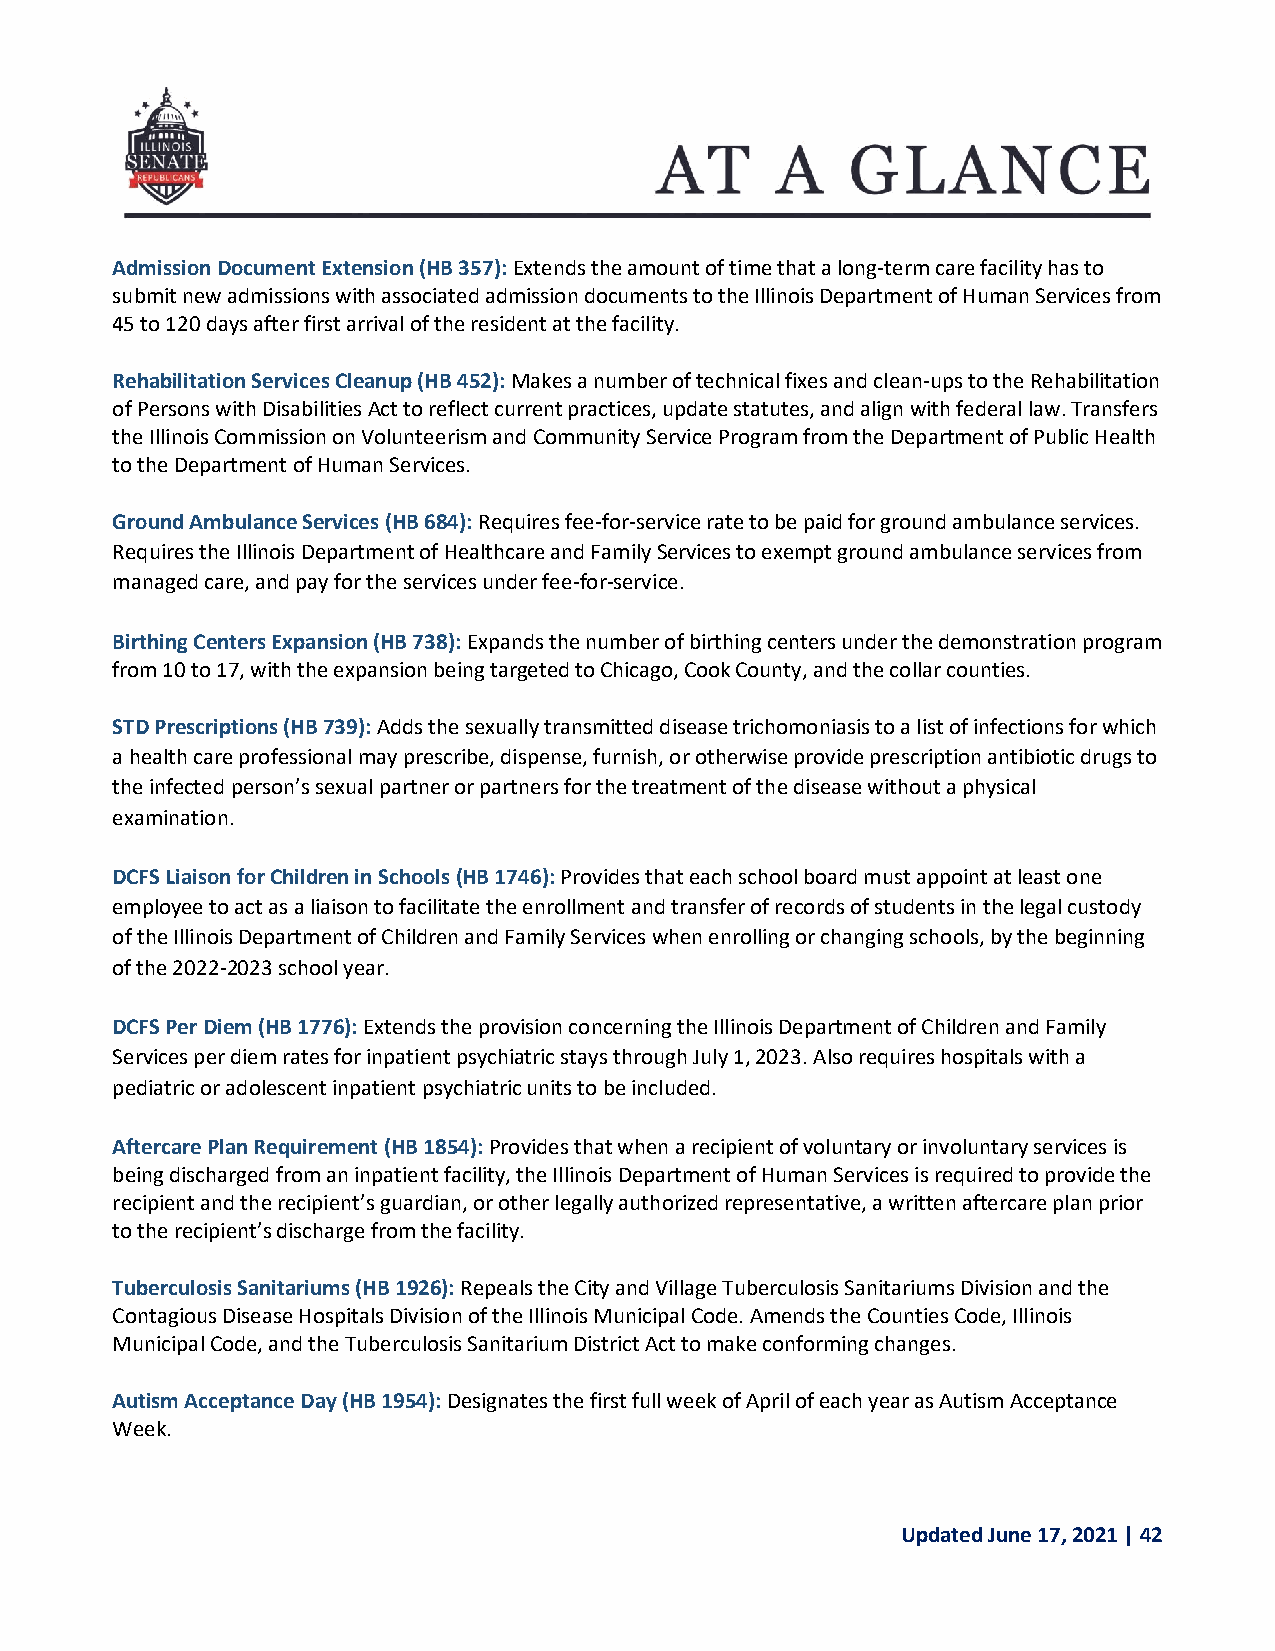
Admission Document Extension (HB 357): Extends the amount of time that a long-term care facility has to
 submit new admissions with associated admission documents to the Illinois Department of Human Services from
 45 to 120 days after first arrival of the resident at the facility.
 Rehabilitation Services Cleanup (HB 452): Makes a number of technical fixes and clean-ups to the Rehabilitation
 of Persons with Disabilities Act to reflect current practices, update statutes, and align with federal law. Transfers
 the Illinois Commission on Volunteerism and Community Service Program from the Department of Public Health
 to the Department of Human Services.
 Ground Ambulance Services (HB 684): Requires fee-for-service rate to be paid for ground ambulance services.
 Requires the Illinois Department of Healthcare and Family Services to exempt ground ambulance services from
 managed care, and pay for the services under fee-for-service.
 Birthing Centers Expansion (HB 738): Expands the number of birthing centers under the demonstration program
 from 10 to 17, with the expansion being targeted to Chicago, Cook County, and the collar counties.
 STD Prescriptions (HB 739): Adds the sexually transmitted disease trichomoniasis to a list of infections for which
 a health care professional may prescribe, dispense, furnish, or otherwise provide prescription antibiotic drugs to
 the infected person’s sexual partner or partners for the treatment of the disease without a physical
 examination.
 DCFS Liaison for Children in Schools (HB 1746): Provides that each school board must appoint at least one
 employee to act as a liaison to facilitate the enrollment and transfer of records of students in the legal custody
 of the Illinois Department of Children and Family Services when enrolling or changing schools, by the beginning
 of the 2022-2023 school year.
 DCFS Per Diem (HB 1776): Extends the provision concerning the Illinois Department of Children and Family
 Services per diem rates for inpatient psychiatric stays through July 1, 2023. Also requires hospitals with a
 pediatric or adolescent inpatient psychiatric units to be included.
 Aftercare Plan Requirement (HB 1854): Provides that when a recipient of voluntary or involuntary services is
 being discharged from an inpatient facility, the Illinois Department of Human Services is required to provide the
 recipient and the recipient’s guardian, or other legally authorized representative, a written aftercare plan prior
 to the recipient’s discharge from the facility.
 Tuberculosis Sanitariums (HB 1926): Repeals the City and Village Tuberculosis Sanitariums Division and the
 Contagious Disease Hospitals Division of the Illinois Municipal Code. Amends the Counties Code, Illinois
 Municipal Code, and the Tuberculosis Sanitarium District Act to make conforming changes.
 Autism Acceptance Day (HB 1954): Designates the first full week of April of each year as Autism Acceptance
 Week.
 Updated June 17, 2021 | 42